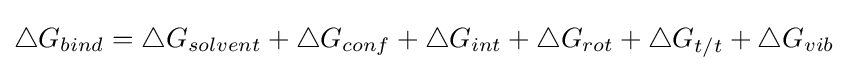
\bigtriangleup G_{bind}=\bigtriangleup G_{solvent}+\bigtriangleup G_{conf}+\bigtriangleup G_{int}+\bigtriangleup G_{rot}+\bigtriangleup G_{t/t}+\bigtriangleup G_{vib}